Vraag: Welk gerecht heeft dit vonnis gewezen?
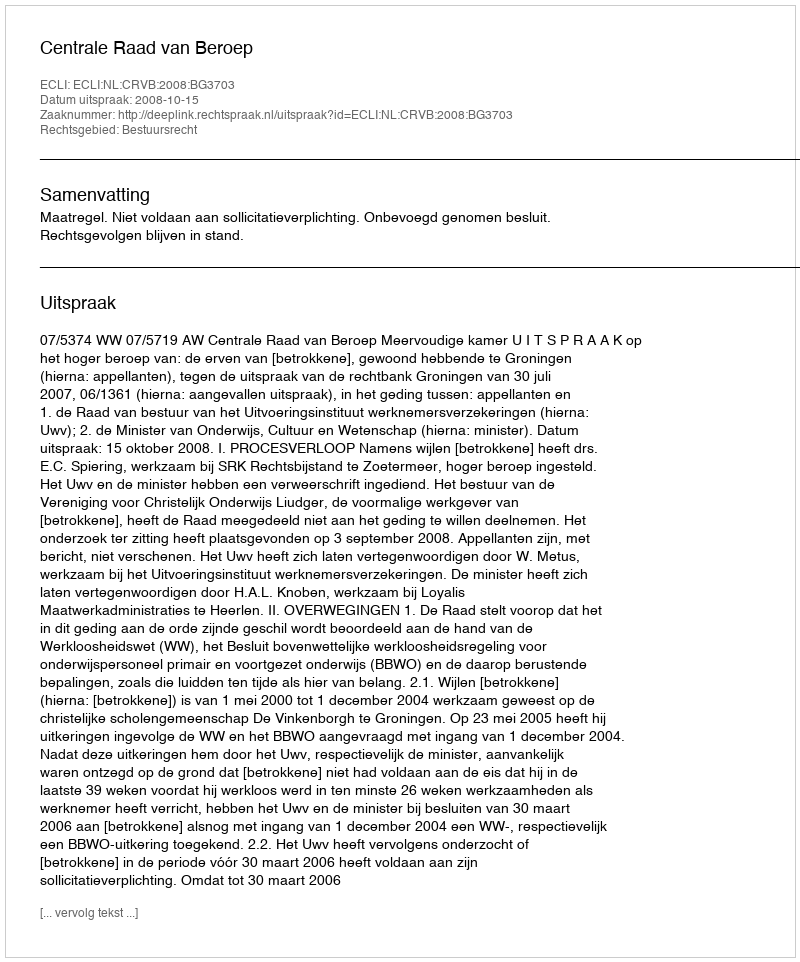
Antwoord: Centrale Raad van Beroep